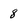
Character: 8